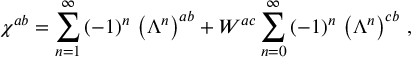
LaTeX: \chi ^ { a b } = \sum _ { n = 1 } ^ { \infty } \left( - 1 \right) ^ { n } \, \left( \Lambda ^ { n } \right) ^ { a b } + W ^ { a c } \sum _ { n = 0 } ^ { \infty } \left( - 1 \right) ^ { n } \, \left( \Lambda ^ { n } \right) ^ { c b } \, ,